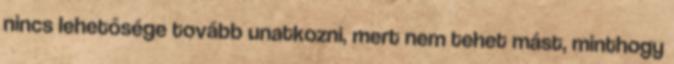
nincs lehetősége tovább unatkozni, mert nem tehet mást, minthogy